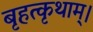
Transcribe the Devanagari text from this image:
बृहत्कृथाम्।